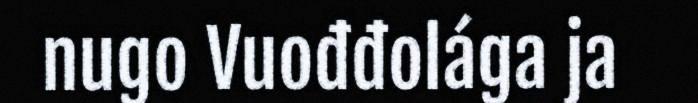
nugo Vuođđolága ja